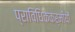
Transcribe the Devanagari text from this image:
प्राविधिककर्मीयौं